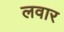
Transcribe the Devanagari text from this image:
लवार